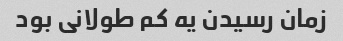
زمان رسیدن یه کم طولانی بود